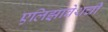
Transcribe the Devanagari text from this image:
एलिझाबेथची